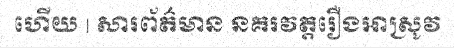
ហើយ | សារព័ត៌មាន នគរវត្តរឿងអាស្រូវ